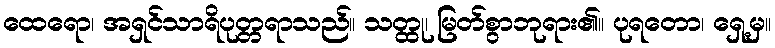
ထေရော၊ အရှင်သာရိပုတ္တရာသည်။ သတ္ထု၊ မြတ်စွာဘုရား၏။ ပုရတော၊ ရှေ့မှ။